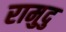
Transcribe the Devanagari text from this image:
रामुदु